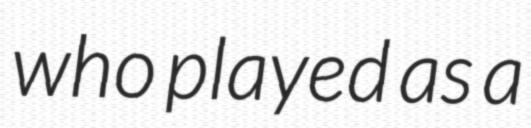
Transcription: who played as a